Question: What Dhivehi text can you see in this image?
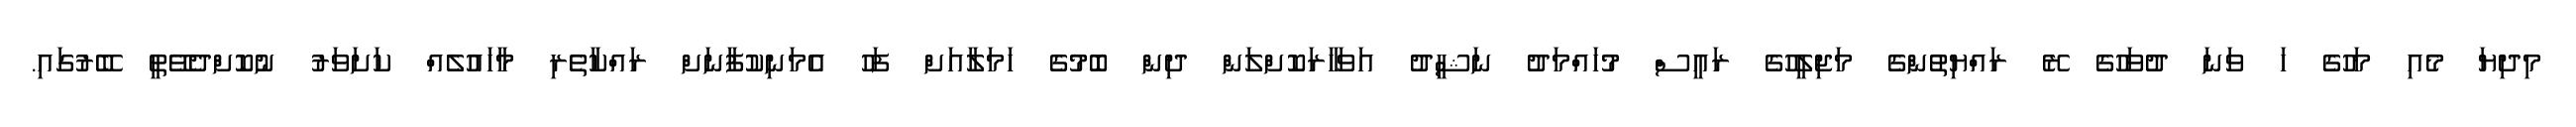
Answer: މިދިޔަ މެއި މަހުގެ ހަ ވަނަ ދުވަހުގެ ރޭ ރައްޔިތުންގެ މަޖިލީހުގެ ރައީސް މުހައްމަދު ނަޝީދު އަވަހާރަކޮށްލަން ދިން ބޮމުގެ ހަމަލާއަށް ފަހު އެމަނިކުފާނަށް ރައްކާތެރި މާހައުލެއް ކަށަވަރު ނުކޮށްދެވޭތީ ބޭރުގައި.